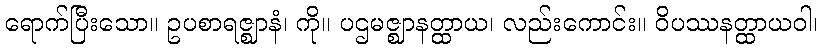
ရောက်ပြီးသော။ ဥပစာရဇ္ဈာနံ၊ ကို။ ပဌမဇ္ဈာနတ္ထာယ၊ လည်းကောင်း။ ဝိပဿနတ္ထာယဝါ၊